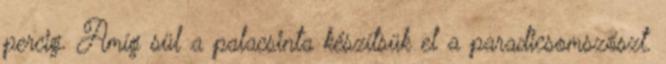
percig. Amíg sül a palacsinta készítsük el a paradicsomszószt.